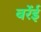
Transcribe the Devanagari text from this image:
बरेंई